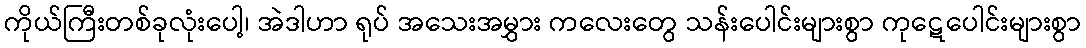
ကိုယ်ကြီးတစ်ခုလုံးပေါ့၊ အဲဒါဟာ ရုပ် အသေးအမွှား ကလေးတွေ သန်းပေါင်းများစွာ ကုဋေပေါင်းများစွာ